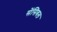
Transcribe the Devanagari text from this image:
सेंसिबल